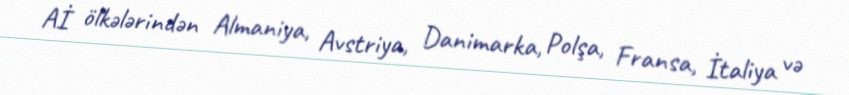
Aİ ölkələrindən Almaniya, Avstriya, Danimarka, Polşa, Fransa, İtaliya və